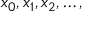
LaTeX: x _ { 0 } , x _ { 1 } , x _ { 2 } , \ldots ,